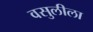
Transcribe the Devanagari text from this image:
वसुलीला